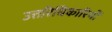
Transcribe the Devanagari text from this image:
उत्तरिधिकारियों